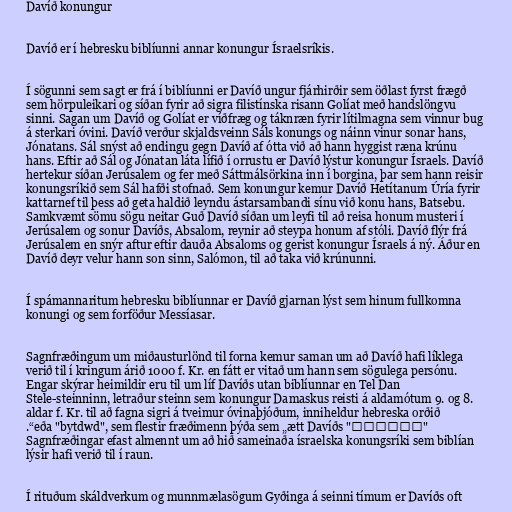
Davíð konungur

Davíð er í hebresku biblíunni annar konungur Ísraelsríkis.

Í sögunni sem sagt er frá í biblíunni er Davíð ungur fjárhirðir sem öðlast fyrst frægð
sem hörpuleikari og síðan fyrir að sigra filistínska risann Golíat með handslöngvu
sinni. Sagan um Davíð og Golíat er víðfræg og táknræn fyrir lítilmagna sem vinnur bug
á sterkari óvini. Davíð verður skjaldsveinn Sáls konungs og náinn vinur sonar hans,
Jónatans. Sál snýst að endingu gegn Davíð af ótta við að hann hyggist ræna krúnu
hans. Eftir að Sál og Jónatan láta lífið í orrustu er Davíð lýstur konungur Ísraels. Davíð
hertekur síðan Jerúsalem og fer með Sáttmálsörkina inn í borgina, þar sem hann reisir
konungsríkið sem Sál hafði stofnað. Sem konungur kemur Davíð Hetítanum Úría fyrir
kattarnef til þess að geta haldið leyndu ástarsambandi sínu við konu hans, Batsebu.
Samkvæmt sömu sögu neitar Guð Davíð síðan um leyfi til að reisa honum musteri í
Jerúsalem og sonur Davíðs, Absalom, reynir að steypa honum af stóli. Davíð flýr frá
Jerúsalem en snýr aftur eftir dauða Absaloms og gerist konungur Ísraels á ný. Áður en
Davíð deyr velur hann son sinn, Salómon, til að taka við krúnunni.

Í spámannaritum hebresku biblíunnar er Davíð gjarnan lýst sem hinum fullkomna
konungi og sem forföður Messíasar.

Sagnfræðingum um miðausturlönd til forna kemur saman um að Davíð hafi líklega
verið til í kringum árið 1000 f. Kr. en fátt er vitað um hann sem sögulega persónu.
Engar skýrar heimildir eru til um líf Davíðs utan biblíunnar en Tel Dan
Stele-steinninn, letraður steinn sem konungur Damaskus reisti á aldamótum 9. og 8.
aldar f. Kr. til að fagna sigri á tveimur óvinaþjóðum, inniheldur hebreska orðið
"ביתדוד" eða "bytdwd", sem flestir fræðimenn þýða sem „ætt Davíðs“.
Sagnfræðingar efast almennt um að hið sameinaða ísraelska konungsríki sem biblían
lýsir hafi verið til í raun.

Í rituðum skáldverkum og munnmælasögum Gyðinga á seinni tímum er Davíðs oft